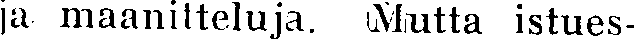
ja maanitteluja. Mutta istues-